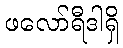
ဖလော်ရီဒါရှိ